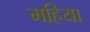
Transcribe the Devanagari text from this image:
महिया